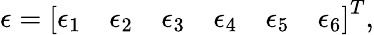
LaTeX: \epsilon=\left[\begin{array}{llllll}{\epsilon_{1}}&{\epsilon_{2}}&{\epsilon_{3}}&{\epsilon_{4}}&{\epsilon_{5}}&{\epsilon_{6}}\end{array}\right]^{T},